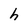
Character: h